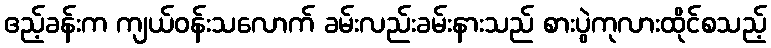
ဧည့်ခန်းက ကျယ်ဝန်းသလောက် ခမ်းလည်းခမ်းနားသည် စားပွဲကုလားထိုင်စသည့်